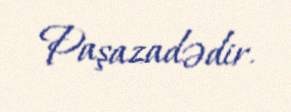
Paşazadədir.